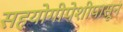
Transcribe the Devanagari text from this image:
सहयोगीपेशीपासून